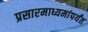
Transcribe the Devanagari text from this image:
प्रसारमाध्यमांपर्यंत